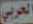
العربي